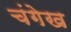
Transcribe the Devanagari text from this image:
चंगेख